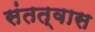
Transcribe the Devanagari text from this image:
संतत्वास